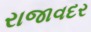
રાજાવદર